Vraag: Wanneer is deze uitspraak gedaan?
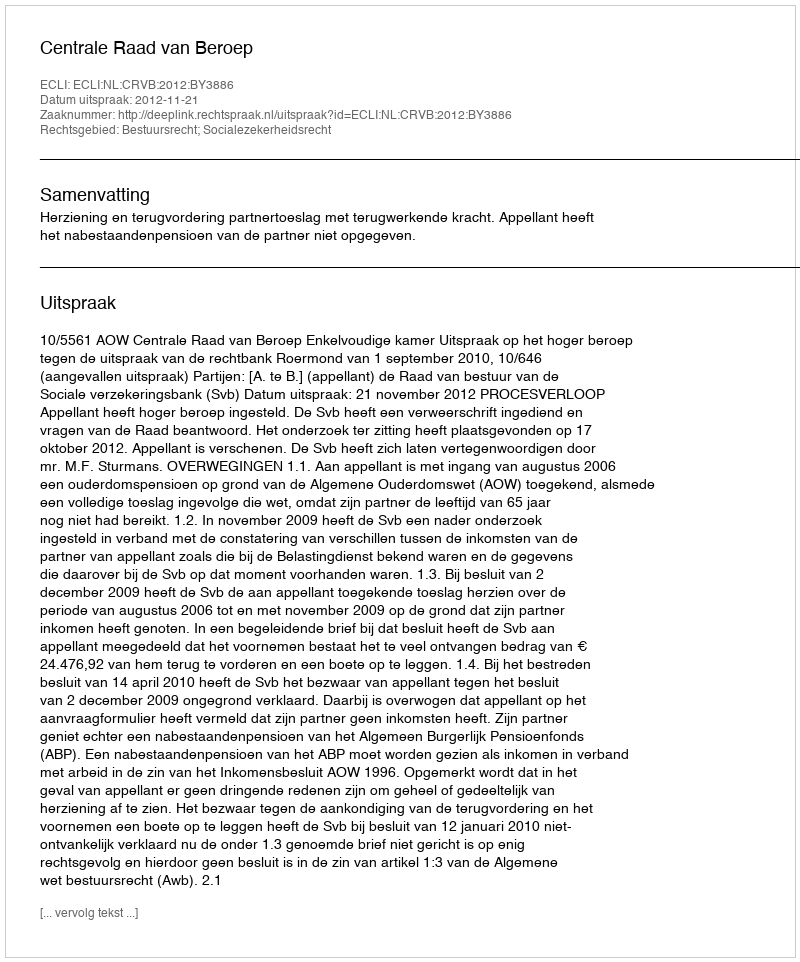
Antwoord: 2012-11-21